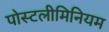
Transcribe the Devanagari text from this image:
पोस्टलीमिनियम